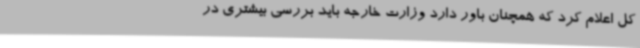
کل اعلام کرد که همچنان باور دارد وزارت خارجه باید بررسی بیشتری در